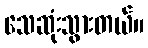
သေဆုံးသွားတယ်။